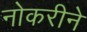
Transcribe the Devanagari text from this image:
नोकरीने